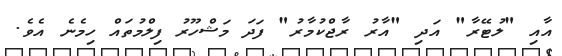
އާއި "ލުޓޭރާ" އަދި "އާރު ރާޖްކުމާރު" ފަދަ މަޝްހޫރު ފިލްމުތައް ހިމެނެ އެވެ.